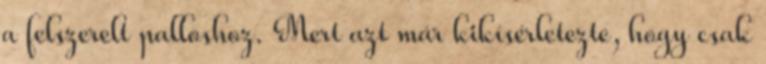
a felszerelt palloshoz. Mert azt már kikísérletezte, hogy csak